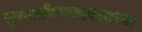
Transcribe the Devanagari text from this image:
सुरवातीलाकापसाच्या